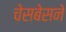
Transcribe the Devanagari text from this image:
चेसबेसने